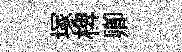
塚椑卿